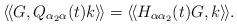
LaTeX: \begin{align*} \langle \! \langle G, Q_{\alpha_2 \alpha}(t) k\rangle \!\rangle =\langle \! \langle H_{\alpha \alpha_2}(t) G, k\rangle \!\rangle.\end{align*}